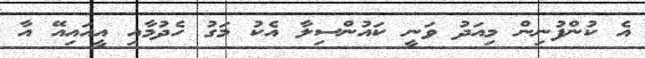
އެ ކުންފުނިން މިއަދު ވަނީ ކައުންސިލާ އެކު މަގު ހެދުމާއި އީއައިއޭ އާ